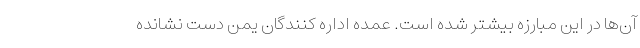
آن‌ها در این مبارزه بیشتر شده است. عمده اداره کنندگان یمن دست نشانده